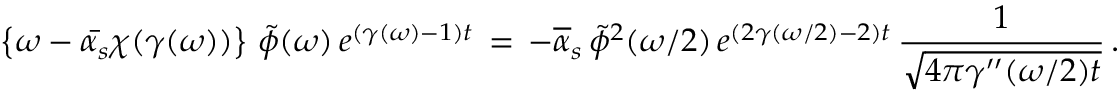
\left\{ \omega - \bar { \alpha _ { s } } \chi ( \gamma ( \omega ) ) \right\} \, \tilde { \phi } ( \omega ) \, e ^ { ( \gamma ( \omega ) - 1 ) t } \, = \, - \overline { { { \alpha } } } _ { s } \, \tilde { \phi } ^ { 2 } ( \omega / 2 ) \, e ^ { ( 2 \gamma ( \omega / 2 ) - 2 ) t } \, { \frac { 1 } { \sqrt { 4 \pi \gamma ^ { \prime \prime } ( \omega / 2 ) t } } } \, .